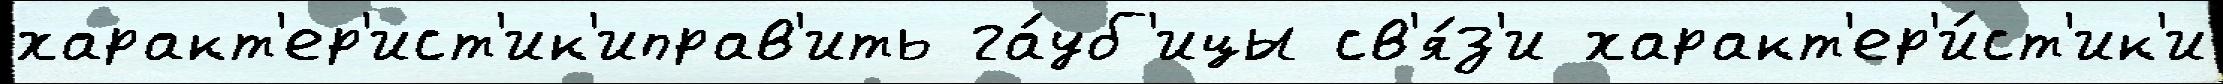
характ'ер'ист'ик'иправ'ить га́уб'ицы св'я́з'и характ'ер'и́ст'ик'и